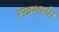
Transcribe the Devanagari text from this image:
रख़शानी।